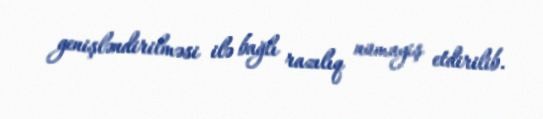
genişləndirilməsi ilə bağlı razılıq nümayiş etdirilib.